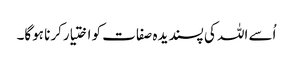
اُسے اللہ کی پسندیدہ صفات کو اختیارکرنا ہوگا۔